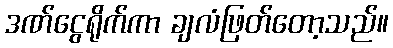
ဒဏ်ငွေရိုက်ကာ ချလံဖြတ်တော့သည်။